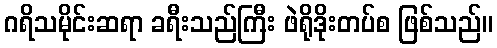
ဂရိသမိုင်းဆရာ ခရီးသည်ကြီး ဖဲရိုဒိုးတပ်စ ဖြစ်သည်။